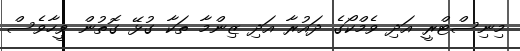
މިނިސްޓްރީ އަދި ވެމްކޯގެ ދައުރާ އަދި ޒިންމާ ތަކާ ގުޅޭ ގޮތުން ވީހާވެސް